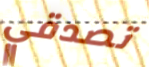
تصدقي